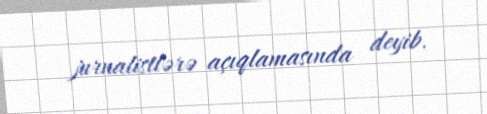
jurnalistlərə açıqlamasında deyib.